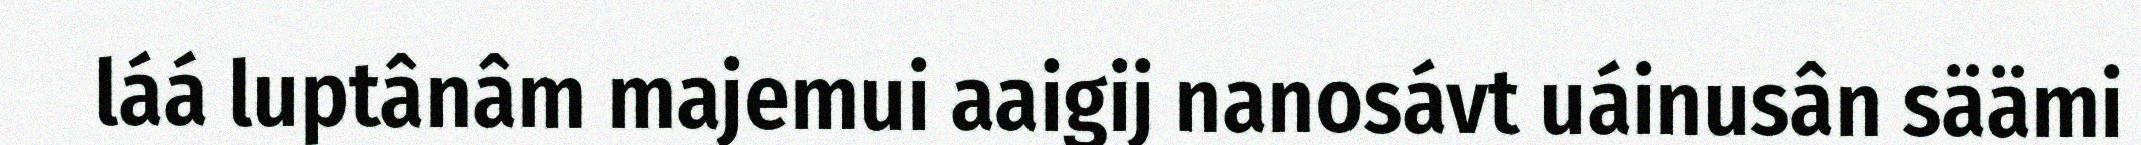
láá luptânâm majemui aaigij nanosávt uáinusân säämi